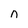
Character: n